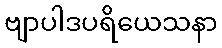
ဗျာပါဒပရိယေသနာ